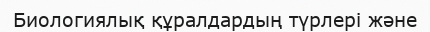
Биологиялық құралдардың түрлері және